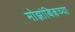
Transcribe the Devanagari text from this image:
मोझांबिकच्या